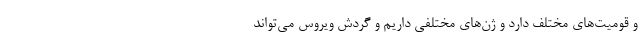
و قومیت‌های مختلف دارد و ژن‌های مختلفی داریم و گردش ویروس می‌تواند